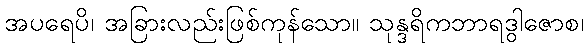
အပရေပိ၊ အခြားလည်းဖြစ်ကုန်သော။ သုန္ဒရိကဘာရဒွါဇောစ၊